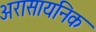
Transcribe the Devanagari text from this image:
अरासायनिक